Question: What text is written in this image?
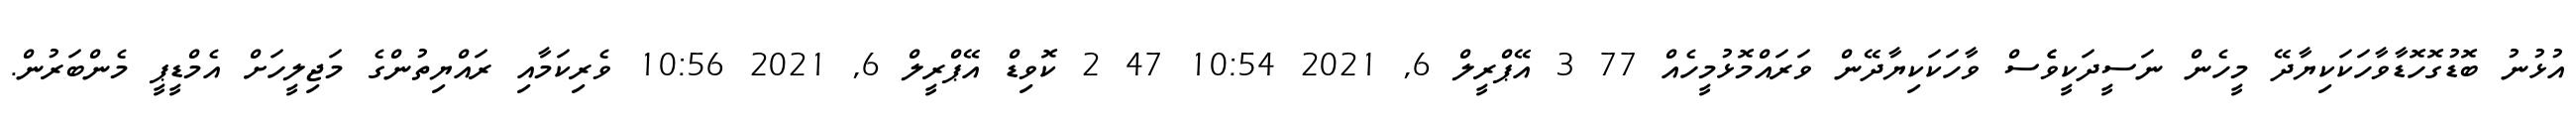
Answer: އުޅުނު ބޮޑުގޮހޮޑާވާހަކަކިޔާދޭ މީހެން ނަސީދަކީވެެސް ވާހަކަކިޔާދޭން ވަރައްމޮޅުމީހެއް 77 3 އޭޕްރީލް 6, 2021 10:54 47 2 ކޮވިޑް އޭޕްރީލް 6, 2021 10:56 ވެރިކަމާއި ރައްޔިތުންގެ މަޖިލީހަށް އެމްޑީޕީ މެންބަރުން.